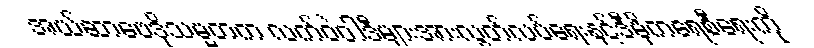
အယ်ဆာဗေဒိုသမ္မတက လက်ဝဲဝါဒီများအားလွတ်လပ်ရေးနှင့်ဒီမိုကရေစီရေးကို